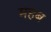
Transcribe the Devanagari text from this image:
महब